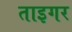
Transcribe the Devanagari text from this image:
ताइगर